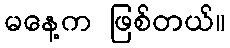
မနေ့က ဖြစ်တယ်။